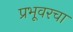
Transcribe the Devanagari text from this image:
प्रभूवरचा